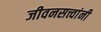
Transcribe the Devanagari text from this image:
जीवनसत्त्वांनी